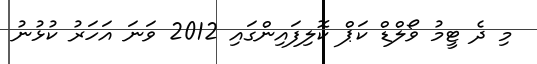
މި ދެ ޓީމު ވޯލްޑް ކަޕް ކޮލިފައިންގައި 2012 ވަނަ އަހަރު ކުޅުނު